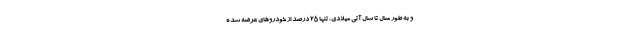
و به طور مثال تا سال آتی میلادی، تنها 25 درصد از خودروهای عرضه شده